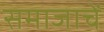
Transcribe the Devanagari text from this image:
समाजाचें